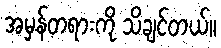
အမှန်တရားကို သိချင်တယ်။